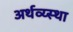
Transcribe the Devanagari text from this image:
अर्थव्य्स्था